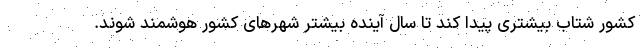
کشور شتاب بیشتری پیدا کند تا سال آینده بیشتر شهرهای کشور هوشمند شوند.